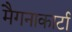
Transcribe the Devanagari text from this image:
मैगनाकार्टा